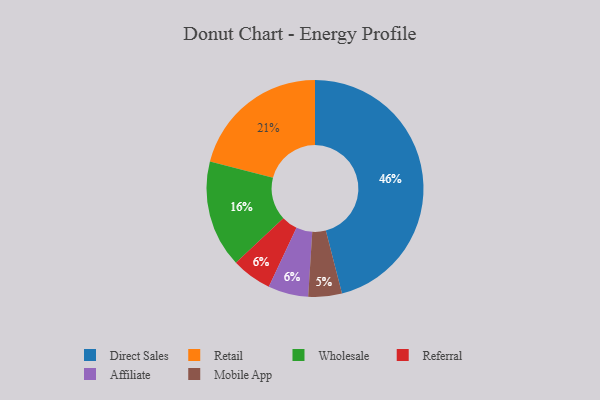
{"axis": {"x": "Category", "y": "Percentage"}, "legend": ["Affiliate", "Direct Sales", "Mobile App", "Referral", "Retail", "Wholesale"], "data": [{"x": "Referral", "y": 6, "type": "Referral"}, {"x": "Affiliate", "y": 6, "type": "Affiliate"}, {"x": "Mobile App", "y": 5, "type": "Mobile App"}, {"x": "Retail", "y": 21, "type": "Retail"}, {"x": "Direct Sales", "y": 46, "type": "Direct Sales"}, {"x": "Wholesale", "y": 16, "type": "Wholesale"}]}